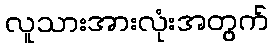
လူသားအားလုံးအတွက်